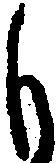
も